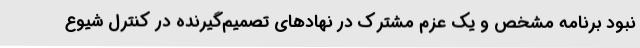
نبود برنامه مشخص و یک عزم مشترک در نهادهای تصمیم‌گیرنده در کنترل شیوع